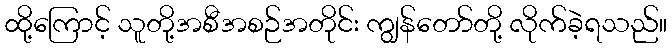
ထို့ကြောင့် သူတို့အစီအစဉ်အတိုင်း ကျွန်တော်တို့ လိုက်ခဲ့ရသည်။